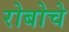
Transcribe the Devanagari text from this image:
रोबोचे